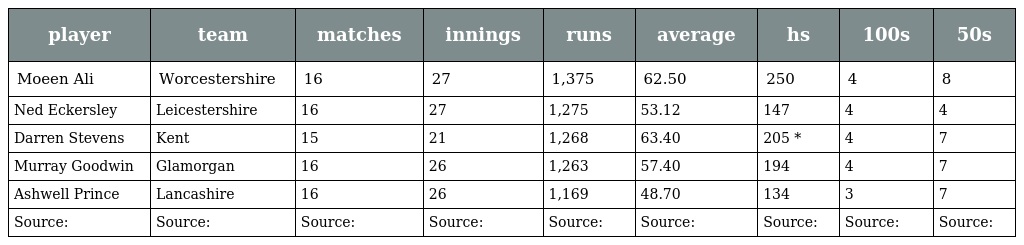
| player | team | matches | innings | runs | average | hs | 100s | 50s |
 | --- | --- | --- | --- | --- | --- | --- | --- | --- |
 | Moeen Ali | Worcestershire | 16 | 27 | 1,375 | 62.50 | 250 | 4 | 8 |
 | Ned Eckersley | Leicestershire | 16 | 27 | 1,275 | 53.12 | 147 | 4 | 4 |
 | Darren Stevens | Kent | 15 | 21 | 1,268 | 63.40 | 205 * | 4 | 7 |
 | Murray Goodwin | Glamorgan | 16 | 26 | 1,263 | 57.40 | 194 | 4 | 7 |
 | Ashwell Prince | Lancashire | 16 | 26 | 1,169 | 48.70 | 134 | 3 | 7 |
 | Source: | Source: | Source: | Source: | Source: | Source: | Source: | Source: | Source: |